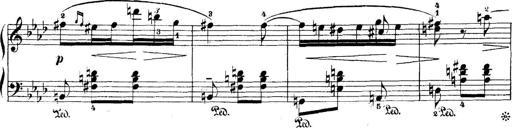
Title: 5 Sonatinas
Composer: Theodor Kirchner